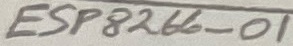
Text: ESP8266-01